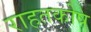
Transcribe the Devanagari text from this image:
राहतकोष